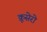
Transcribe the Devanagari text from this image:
क्रूसेरो